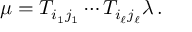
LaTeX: \mu = T _ { i _ { 1 } j _ { 1 } } \cdots T _ { i _ { \ell } j _ { \ell } } \lambda \, .